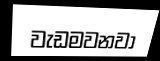
වැඩමවනවා